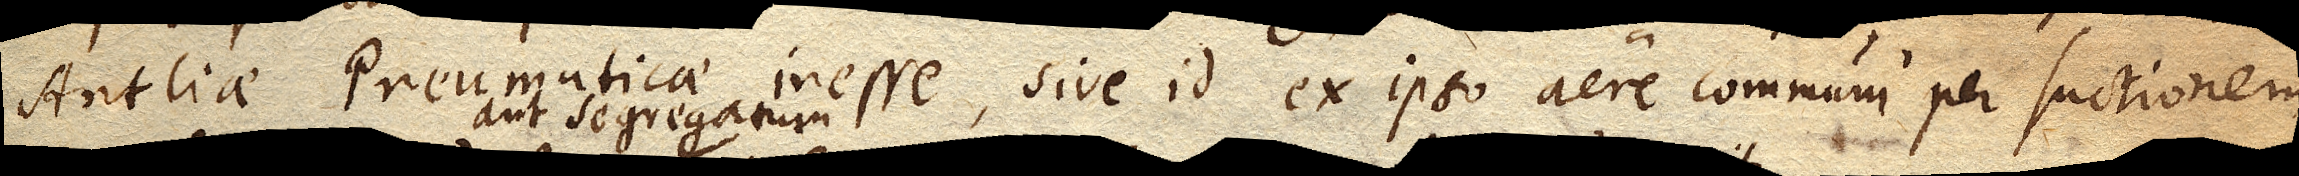
Antliae Pneumaticae inesse, sive id ex ipso aere communi per suctionem